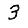
Digit: 3